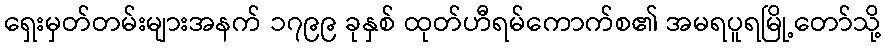
ရှေးမှတ်တမ်းများအနက် ၁၇၉၉ ခုနှစ် ထုတ်ဟီရမ်ကောက်စ၏ အမရပူရမြို့တော်သို့